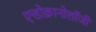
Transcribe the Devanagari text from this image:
एन्डोक्रानोलॉजी